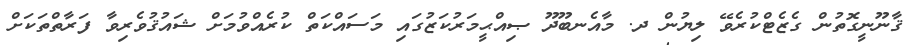
ޤާނޫނީގޮތުން ގެޒެޓްކުރެވޭ ލިޔުން ދ. މާއެނބޫދޫ ޞިއްޙީމަރުކަޒުގައި މަސައްކަތް ކުރެއްވުމަށް ޝައުޤުވެރިވާ ފަރާތްތަކަށް